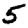
Digit: 5